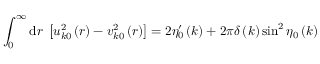
\int _ { 0 } ^ { \infty } \mathrm { d } r \; \left[ u _ { k 0 } ^ { 2 } \left( r \right) - v _ { k 0 } ^ { 2 } \left( r \right) \right] = 2 \eta _ { 0 } ^ { \prime } \left( k \right) + 2 \pi \delta \left( k \right) \sin ^ { 2 } \eta _ { 0 } \left( k \right)